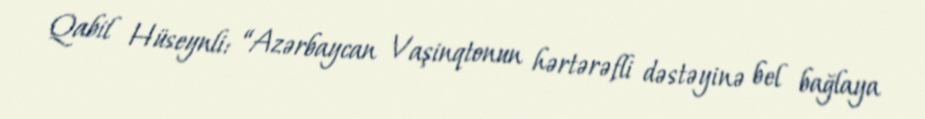
Qabil Hüseynli: “Azərbaycan Vaşinqtonun hərtərəfli dəstəyinə bel bağlaya